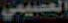
العصيمي